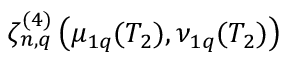
\zeta _ { n , q } ^ { ( 4 ) } \left( \mu _ { 1 q } ( T _ { 2 } ) , \nu _ { 1 q } ( T _ { 2 } ) \right)